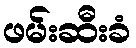
ဖမ်းဆီးခံ